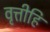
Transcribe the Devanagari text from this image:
वृत्तीहि